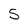
Character: 5